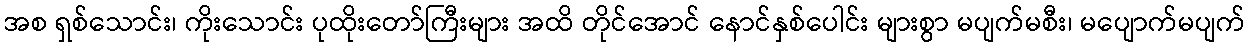
အစ ရှစ်သောင်း၊ ကိုးသောင်း ပုထိုးတော်ကြီးများ အထိ တိုင်အောင် နောင်နှစ်ပေါင်း များစွာ မပျက်မစီး၊ မပျောက်မပျက်